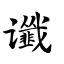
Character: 谶